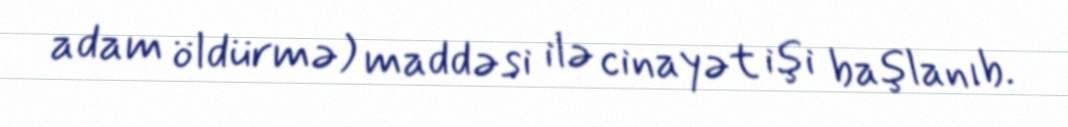
adam öldürmə) maddəsi ilə cinayət işi başlanıb.